Civil Veterinary Dept. Assam report 1927-50 - 1927-1950
Year: 1927
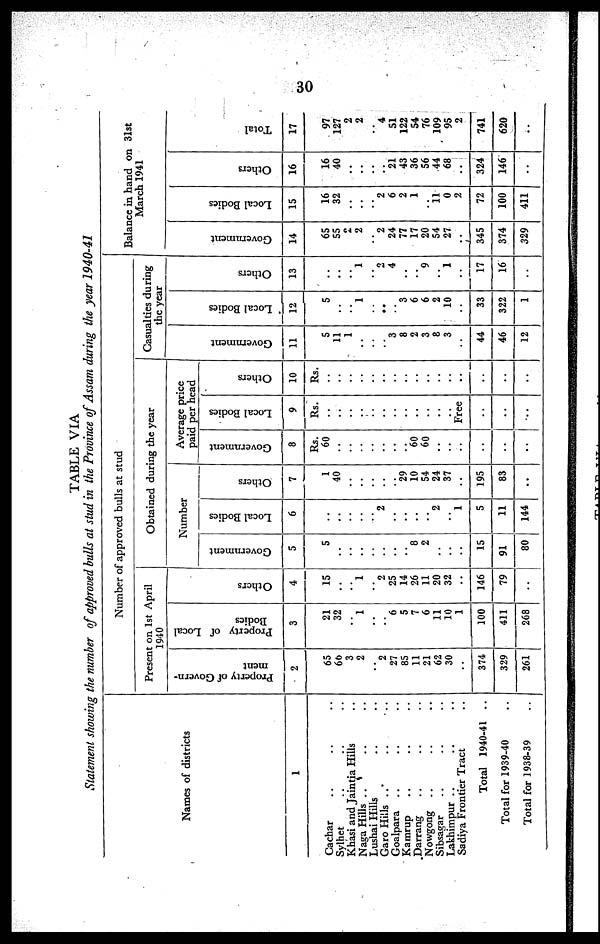
30
TABLE VIA
Statement showing the number of approved bulls at stud in the Province of Assam during the year 1940-41
Names of districts
1
Cachar .. .. ..
Sylhet .. .. ..
Khasi and Jaintia Hills ..
Naga Hills .. .. ..
Lushai Hills .. ..
Garo Hills .. .. ..
Goalpara .. .. ..
Kamrup .. .. ..
Darrang .. .. ..
Nowgong .. .. ..
Sibsagar .. .. ..
Lakhimpur .. .. ..
Sadiya Frontier Tract ..
Total 1940-41 ..
Total for 1939-40 ..
Total for 1938-39 ..
Number of approved bulls at stud
Present on 1st April
1940
Property of Govern-
ment
2
65
66
3
2
..
2
27
85
11
21
62
30
..
374
329
261
Property of Local
Bodies
3
21
32
..
1
..
..
6
5
7
6
11
10
1
100
411
268
Others
4
15
..
..
1
..
2
25
14
26
11
20
32
..
146
79
..
Obtained during the year
Number
Government
5
5
..
..
..
..
..
..
..
8
2
..
..
..
15
91
80
Local Bodies
6
..
..
..
..
..
2
..
..
..
..
2
..
1
5
11
144
Others
7
1
40
..
..
..
..
..
29
10
54
24
37
..
195
83
..
Average price
paid per head
Government
8
Rs.
60
..
..
..
..
..
..
..
60
60
..
..
..
..
..
..
Local Bodies
9
Rs.
..
..
..
..
..
..
..
..
..
..
..
..
Free
..
..
..
Others
10
Rs.
..
..
..
..
..
..
..
..
..
..
..
..
..
..
..
..
Casualties during
the year
Go v e rn
me n t
11
5
11
1
..
..
..
3
8
2
3
8
3
..
44
46
12
Local Bodies
12
5
..
..
1
..
..
..
3
6
6
2
10
..
33
322
1
Others
13
..
..
..
1
..
2
4
..
..
9
..
1
..
17
16
..
Balance in hand on 31st
March 1941
Go v e rn
me n t
14
65
55
2
2
..
2
24
77
17
20
54
27
..
345
374
329
Local Bodi e s
15
16
32
..
..
..
2
6
2
1
11
0
2
72
100
411
Others
16
16
40
..
..
..
..
21
43
36
56
44
68
..
324
146
..
Tot al
17
97
127
2
2
..
4
51
122
54
76
109
95
2
741
620
..